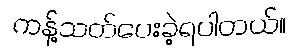
ကန့်သတ်ပေးခဲ့ရပါတယ်။